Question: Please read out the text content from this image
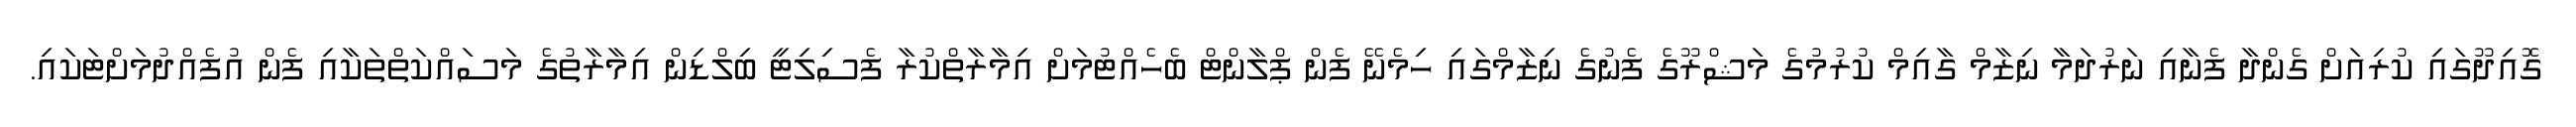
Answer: ގޮއިދޫގައި ކުރިއަށް ގެންދާ ފެނާއި ނަރުދަމާ ނިޒާމް ގާއިމް ކުރުމުގެ މަޝްރޫގެ ފެނުގެ ނިޒާމްގައި ހިމެނޭ ފެން ޕްލާންޓް ބެހެއްޓުމަށް އިމާރާތްކުރާ ފެސިލިޓީ ބިލްޑިން އިމާރާތުގެ މަސައްކަތްތަކާއި ފެން އުފެއްދުމަށްޓަކައި.